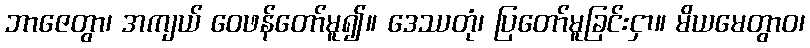
ဘာဇေတွာ၊ အကျယ် ဝေဖန်တော်မူ၍။ ဒေဿတုံ၊ ပြတော်မူခြင်းငှာ။ မိယမေတွာဝ၊